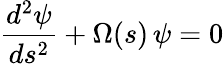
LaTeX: {\frac{d^{2}\psi}{ds^{2}}}+\Omega(s)\, \psi=0